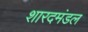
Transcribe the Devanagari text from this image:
शारदमंडल